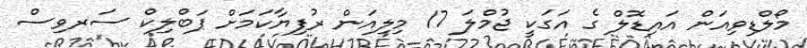
މޯލްޑިވިއަން އައިޑޮލް ގެ އަގަކީ ޖުމްލަ 17 މިލިއަން ރުފިޔާކަމަށް ޕަބްލިކް ސަރވިސް